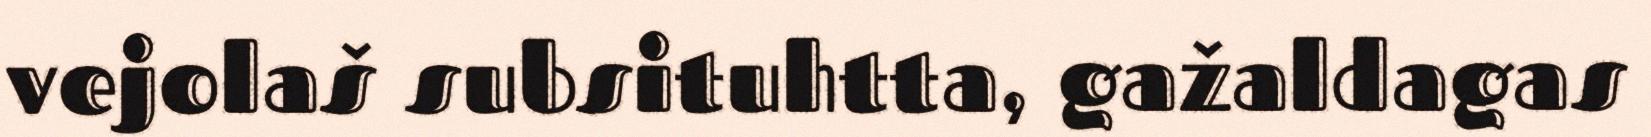
vejolaš subsituhtta, gažaldagas